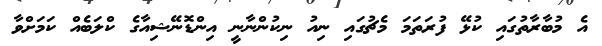
އެ މުބާރާތުގައި ކުޅޭ ފުރަތަމަ މެޗުގައި ނިއު ނިކުންނާނީ އިންޑޮނޭޝިއާގެ ކްލަބެއް ކަމަށްވާ